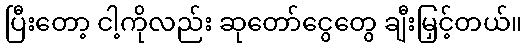
ပြီးတော့ ငါ့ကိုလည်း ဆုတော်ငွေတွေ ချီးမြှင့်တယ်။